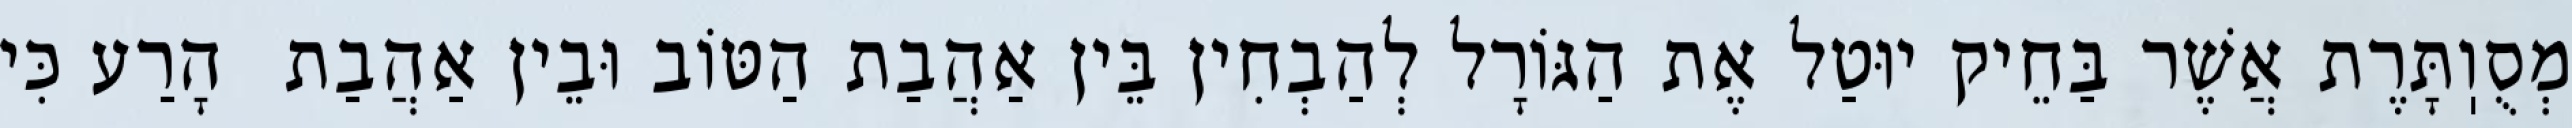
מְסֻוֽתָּרֶת אֲשֶׁר בַּחֵיק יוּטַל אֶת הַגּוֹרָל לְהַבְחִין בֵּין אַהֲבַת הַטּוֹב וּבֵין אַהֲבַת  הָרַע כִּי